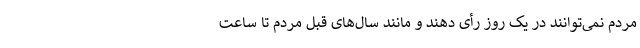
مردم نمی‌توانند در یک روز رأی دهند و مانند سال‌های قبل مردم تا ساعت